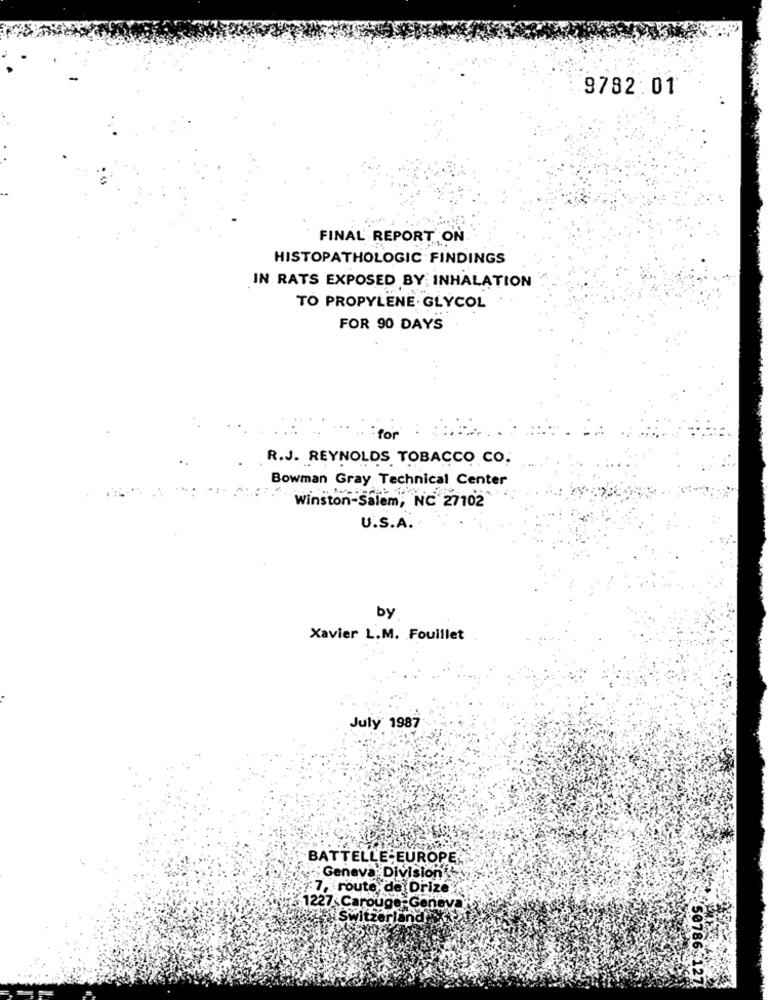
9782:01
FINAL REPORT ON
HISTOPATHOLOGIC FINDINGS
IN RATS EXPOSED BY INHALATION
TO PROPYLENE GLYCOL
FOR 90 DAYS
for
R.J. REYNOLDS TOBACCO CO.
Bowman Gray Technical Center
Winston-Salem, NC 27102
U.S.A.
by
Xavier L.M. Fouillet
July 1987
BATTELLE EUROPE
Geneva Division
7, route de Drize
1227 Carouge-Genev
Switzerland
50786